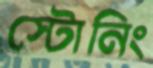
স্টোনিং